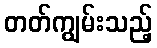
တတ်ကျွမ်းသည့်